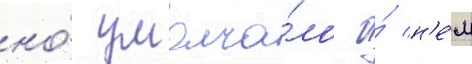
но́ умолча́ло о́ н'е́м